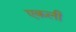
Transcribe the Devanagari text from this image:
एकली